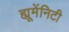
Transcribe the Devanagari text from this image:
ह्यूमेंनिटी